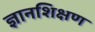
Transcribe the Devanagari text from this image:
ज्ञानशिक्षण